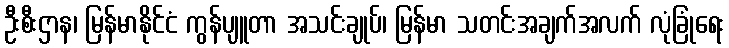
ဦးစီးဌာန၊ မြန်မာနိုင်ငံ ကွန်ပျူတာ အသင်းချုပ်၊ မြန်မာ သတင်းအချက်အလက် လုံခြုံရေး